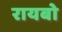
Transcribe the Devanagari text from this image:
रायबो